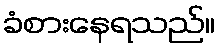
ခံစားနေရသည်။